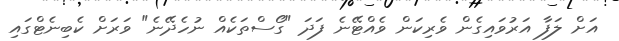
އަށް ލަފާ އަރުވައިގެން ވެރިކަން ވެއްޓޭނެ ފަދަ "ގޯސްތަކެއް ނުހެދޭނެ" ވަރަށް ކެބިނެޓްގައި